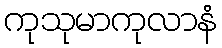
ကုသုမာကုလာနံ